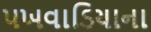
પખવાડિયાના